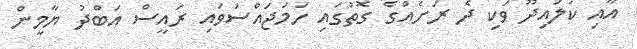
އާއި ކަލައިދޫ ވަކި ދެ ރަށެއްގެ ގޮތުގައި ހަމަޖައްސަވައި ރައީސް އަބްދު ޔާމީން